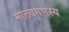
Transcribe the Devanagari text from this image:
मालवगणस्य